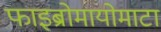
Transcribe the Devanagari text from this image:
फाइब्रोमायोमाटा